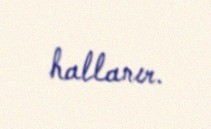
hallanır.